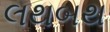
લથબથ